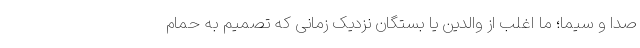
صدا و سیما؛ ما اغلب از والدین یا بستگان نزدیک زمانی که تصمیم به حمام